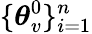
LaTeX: \lbrace\boldsymbol{\theta}_{v}^{0}\rbrace_{i=1}^{n}